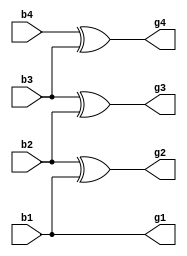
module binary_to_grey(
  input b1,b2,b3,b4,
  output g1,g2,g3,g4);
  buf (g1,b1);
  xor a1(g2,b2,b1);
  xor a2(g3,b3,b2);
  xor a3(g4,b4,b3);
endmodule